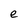
Character: e